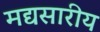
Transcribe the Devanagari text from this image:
मद्यसारीय